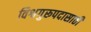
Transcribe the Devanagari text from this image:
विश्वगुरूपदासाठी